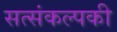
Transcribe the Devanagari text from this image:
सत्संकल्पकी